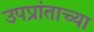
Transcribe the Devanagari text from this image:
उपप्रांताच्या